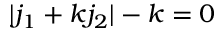
| j _ { 1 } + k j _ { 2 } | - k = 0